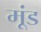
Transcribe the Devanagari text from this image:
मूंड